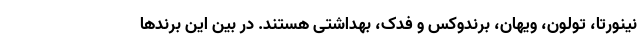
نینورتا، تولون، ویهان، برندوکس و فدک، بهداشتی هستند. در بین این برندها